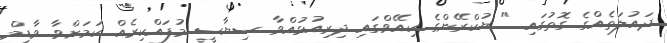
ދައުލަތެއްގެ ގޮތުގައި " ޔުކްރޭންގެ ކިއޭވްގައި ދިރިއުޅުއްވާ ސިޔާސީ މުފައްކިރެއް ކަމަށްވާ ވާޑިމް